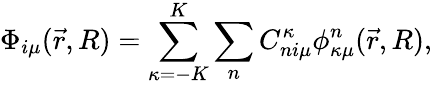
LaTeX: \Phi_{i\mu}(\vec{r},R)=\sum_{\kappa=-K}^{K}\sum_{n}C_{ni\mu}^{\kappa}\phi_{\kappa\mu}^{n}(\vec{r},R),